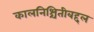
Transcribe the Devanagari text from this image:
कालनिश्चितीबद्दल